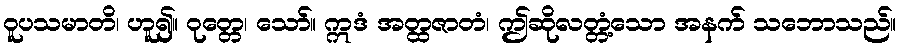
ဝူပသမာတိ၊ ဟူ၍။ ဝုတ္တေ၊ သော်။ ဣဒံ အတ္ထဇာတံ၊ ဤဆိုလတ္တံ့သော အနက် သဘောသည်။